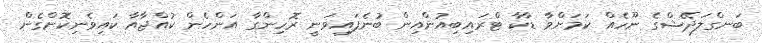
ބަނގްލަދޭޝްގެ ނޫހެއް ކަމަށްވާ ޑާކާ ޓްރައިބިއުންއިން ބުނެފައިވަނީ ރޮހިންގާ އަންހެން ކުއްޖާއާ ކައިވެނިކޮށްގެން